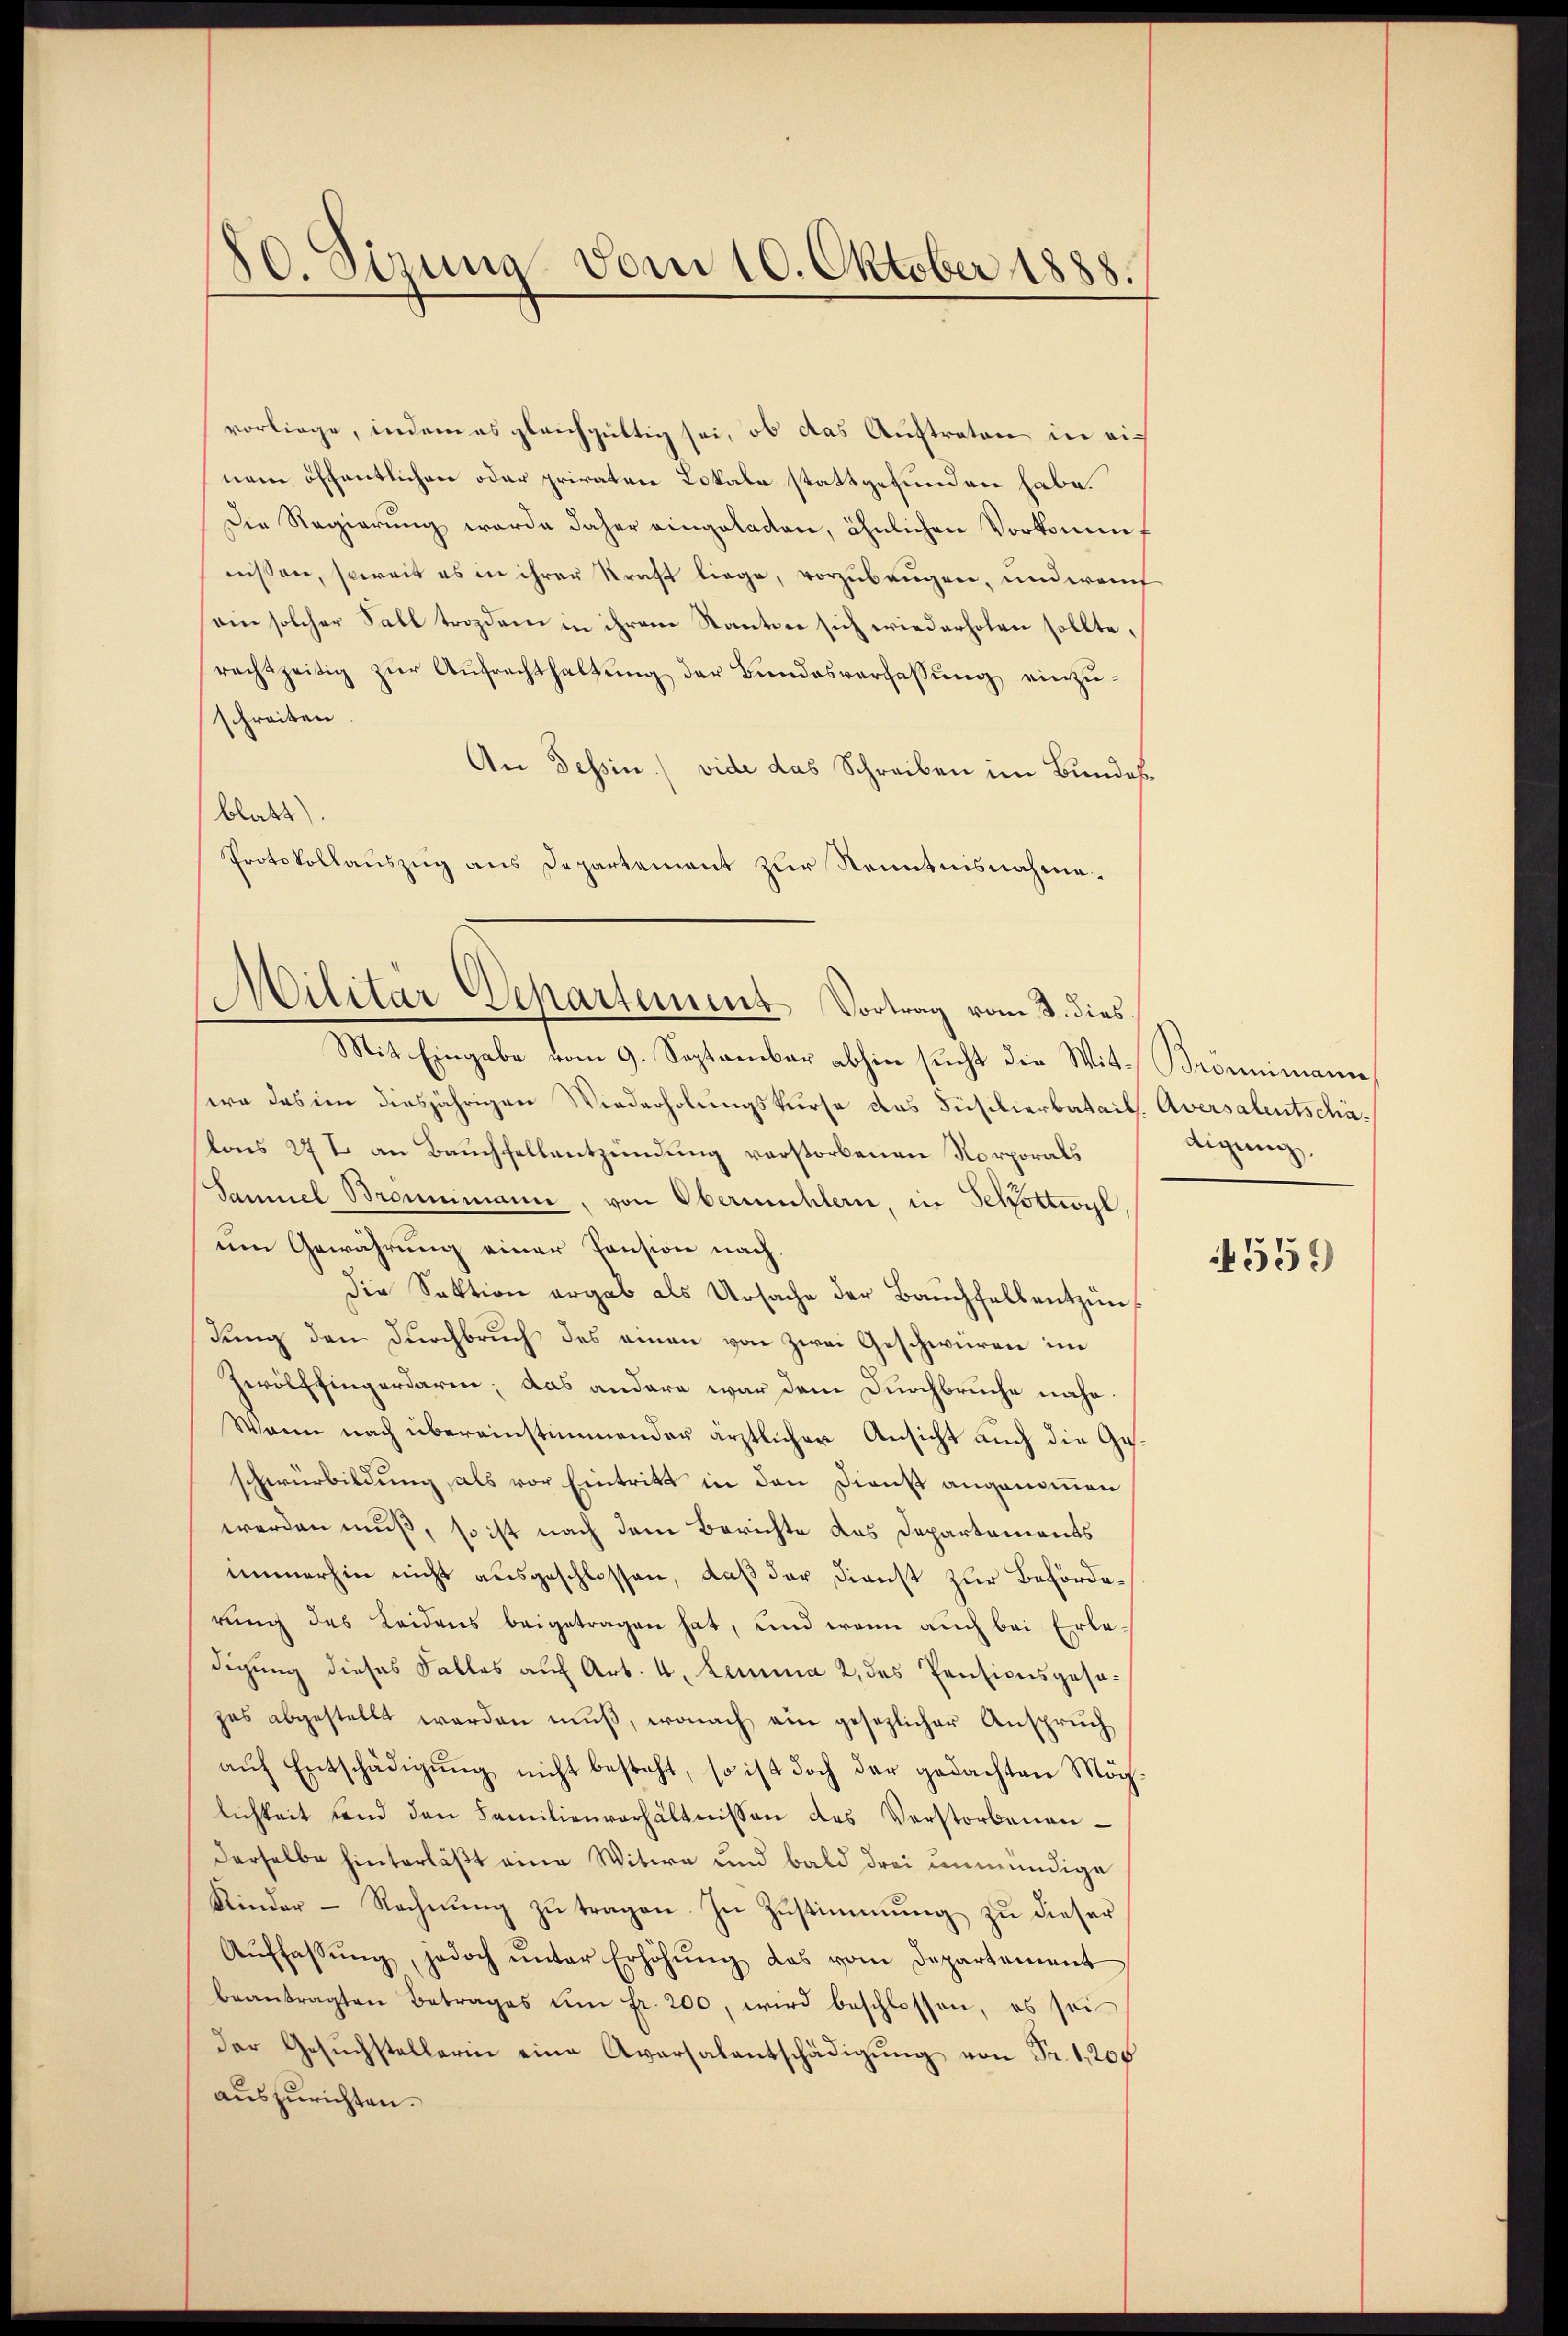
80 Sirung vom 10. Oktober 1888.

vorliege, indem es gleichgültig sei, ob das Auftreten in einem öffentlichen oder privatere Lokale stattgefunden habe.
Die Regierung wurde daher eingeladen, ähnlichen Vorkommnissen, soweit es in ihrer Kraft liege, vorzubeugen, und we
ein solcher Fall trozdem in ihrem Stanten sich wiederholen sollte,
rachtzeitig zŭr Aŭfrechthaltŭng der Bundesverfassŭng einzu-
schreiten
An Tessin ./ vide das Schreiben im Bundesblatt).
Protokollauszug aus Departement zur Kenntnisnahme.
Mit Eingabe vom 9. September abhin sucht die Wit-Brömmimanne,
wa das im diesjährigen Wiederholungskurse das Füsilierbatail, Aversalentschälons 27 I an Bauchsellentzündung verstorbenen Norporals
Samuel Brennmann, von Obermühlern, in Schottwyl
um Gewährung einer Pension nach.
Die Sektion ergab als Ursache der Bauchfallentzünf
dung den Durchbruch des einen von zwei Geschwüren im
Zwölffingerdarin, das andere war dem Durchbruche nahe¬
Wann nach übereinstimmender ärztlicher Ansicht auch die Geschwurbildung, als vor Eintritt in den Dienst angenommen
werden muß, so ist nach dem Berichte das Departements
immerhin nicht ausgeschlossen, daß der Dienst zur Behörderung des Leidens beigetragen hat, und wenn auch bei Erledigung dieses Falles auf Art. 4. Lemma 2 des Pensionsgesazes abgestellt werden muß, wonach ein gesezlicher Anspruch
aŭf Entschädigŭng nicht besteht, so ist doch der gedachten Mög-
lichkeit sind den Familienverhältnissen des Verstorbenanderselbe hinterläßt eine Witwe und bald drei unmündige
Kinder - Rechnung zu tragen. In Zustimmung zu dieser
Aŭffassŭng, jedoch ŭnter Erhöhŭng das vom Departement
beantragten Betrages um fr. 200, wird beschlossen, es sei
der Gesŭchstellerin eine Aversalentschädigŭng von Fr. 1,200
auszurichten.

Militär Departement Vortrag vom 8. dies

digung,

559